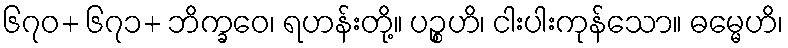
၆၇၀+ ၆၇၁+ ဘိက္ခဝေ၊ ရဟန်းတို့။ ပဉ္စဟိ၊ ငါးပါးကုန်သော။ ဓမ္မေဟိ၊